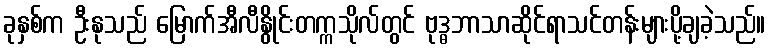
ခုနှစ်က ဦးနုသည် မြောက်အီလီနွိုင်းတက္ကသိုလ်တွင် ဗုဒ္ဓဘာသာဆိုင်ရာသင်တန်းများပို့ချခဲ့သည်။